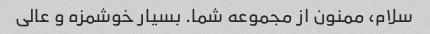
سلام، ممنون از مجموعه شما. بسیار خوشمزه و عالی